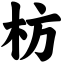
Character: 枋